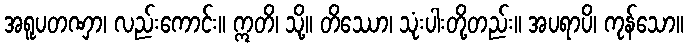
အရူပတဏှာ၊ လည်းကောင်း။ ဣတိ၊ သို့။ တိဿော၊ သုံးပါးတို့တည်း။ အပရာပိ၊ ကုန်သော။